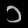
Digit: ၁